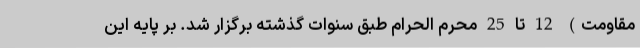
مقاومت) 12 تا 25 محرم الحرام طبق سنوات گذشته برگزار شد. بر پایه این